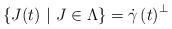
LaTeX: \begin{align*}\left\{ J(t)\ |\ J\in\Lambda\right\} =\dot{\gamma}\left( t\right) ^{\perp}\end{align*}